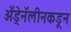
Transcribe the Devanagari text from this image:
अँड्रेनॅलीनकडून